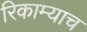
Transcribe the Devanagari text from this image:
रिकाम्याच